Indian journal of veterinary science and animal husbandry - Volume 2,
Year: 1932
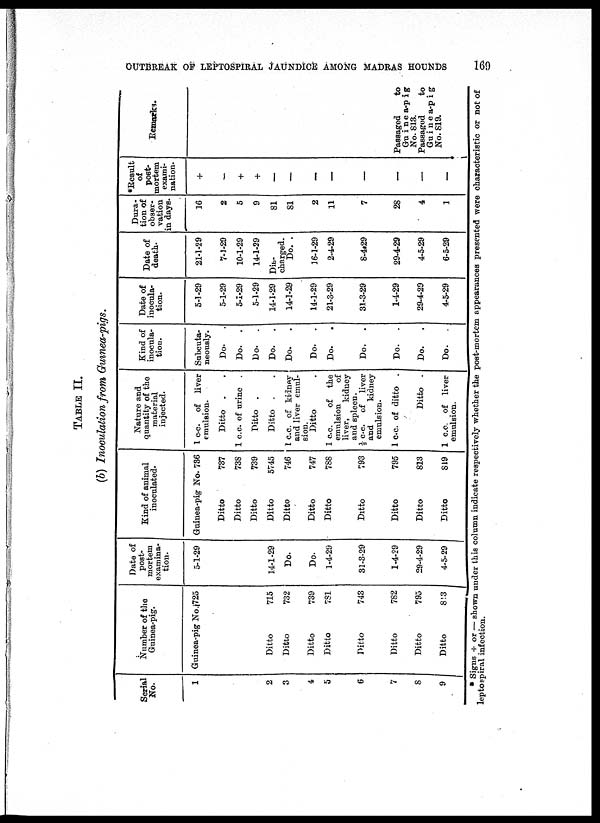
OUTBREAK OF LEPTOSPIRAL JAUNDICE AMONG MADRAS HOUNDS
169
TABLE II.
(b) Inoculation from Guinea-pigs.
Serial
No.
1
2
3
4
5
6
7
8
9
Number of the
Guinea-pig.
Guinea-pig No.725
Ditto
Ditto
Ditto
Ditto
Ditto
Ditto
Ditto
Ditto
715
732
739
781
743
782
795
813
Date of
post-
mortem
examina-
tion.
5-1-29
14-1-29
Do.
Do.
1-4-29
31-3-29
1-4-29
29-4-29
4-5-29
Kind of animal
inoculated.
Guinea-pig No. 736
Ditto
Ditto
Ditto
Ditto
Ditto
Ditto
Ditto
Ditto
Ditto
Ditto
Ditto
737
738
739
5745
746
747
788
793
795
813
819
Nature and
quantity of the
material
injected.
1 c.c. of liver
emulsion.
Ditto . .
1 c.c. of urine .
Ditto .
Ditto . .
1 c.c. of kidney
and liver emul-
sion.
Ditto .
1 c.c.
of the
emulsion
of
liver,
kidney
and spleen.
½ c.c. of liver
and
kidney
emulsion.
1 cc. of ditto .
Ditto .
1 c.c. of liver
emulsion.
Kind of
inocula¬
tion.
Subcuta-
neously.
Do.
.
Do.
.
Do.
.
Do.
.
Do. .
Do.
.
Do. .
Do.
.
Do.
.
Do. .
Do.
.
Date of
inocula-
tion.
5-1-29
5-1-29
5-1-29
5-1-29
14-1-29
14-1-29
14-1-29
21-3-29
31-3-29
1-4-29
29-4-29
4-5-29
Date of
death.
21-1-29
7-1-29
10-1-29
14-1-29
Dis¬
charged.
Do. .
16-1-29
2-4-29
8-4-29
29-4-29
4-5-29
6-5-29
Dura-
tion of
obser-
vation
in days.
16
2
5
9
81
81
2
11
7
28
4
1
*Result
of
post-
mortem
exami-
nation.
+
—
+
+
—
—
—
—
—
—
—
—
Remarks.
Passaged to
Guinea-pig
No. 813.
Passaged
to
Guinea-pig
No. 819.
* Signs + or — shown under this column indicate respectively whether the post-mortem appearances presented were characteristic or not of
leptospiral infection.